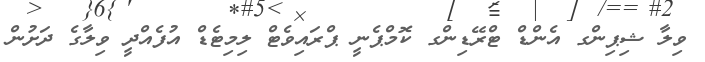
ވިލާ ޝިޕިންގ އެންޑް ޓްރޭޑިންގ ކޮމްޕެނީ ޕްރައިވެޓް ލިމިޓެޑް އުފެއްދީ ވިލާގެ ދަށުން